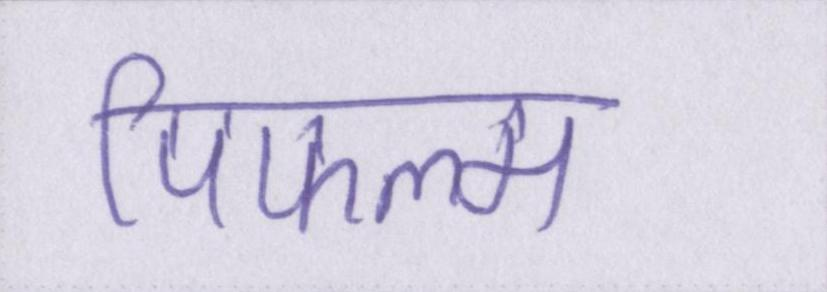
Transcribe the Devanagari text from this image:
पिफल्म